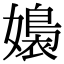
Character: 嬝